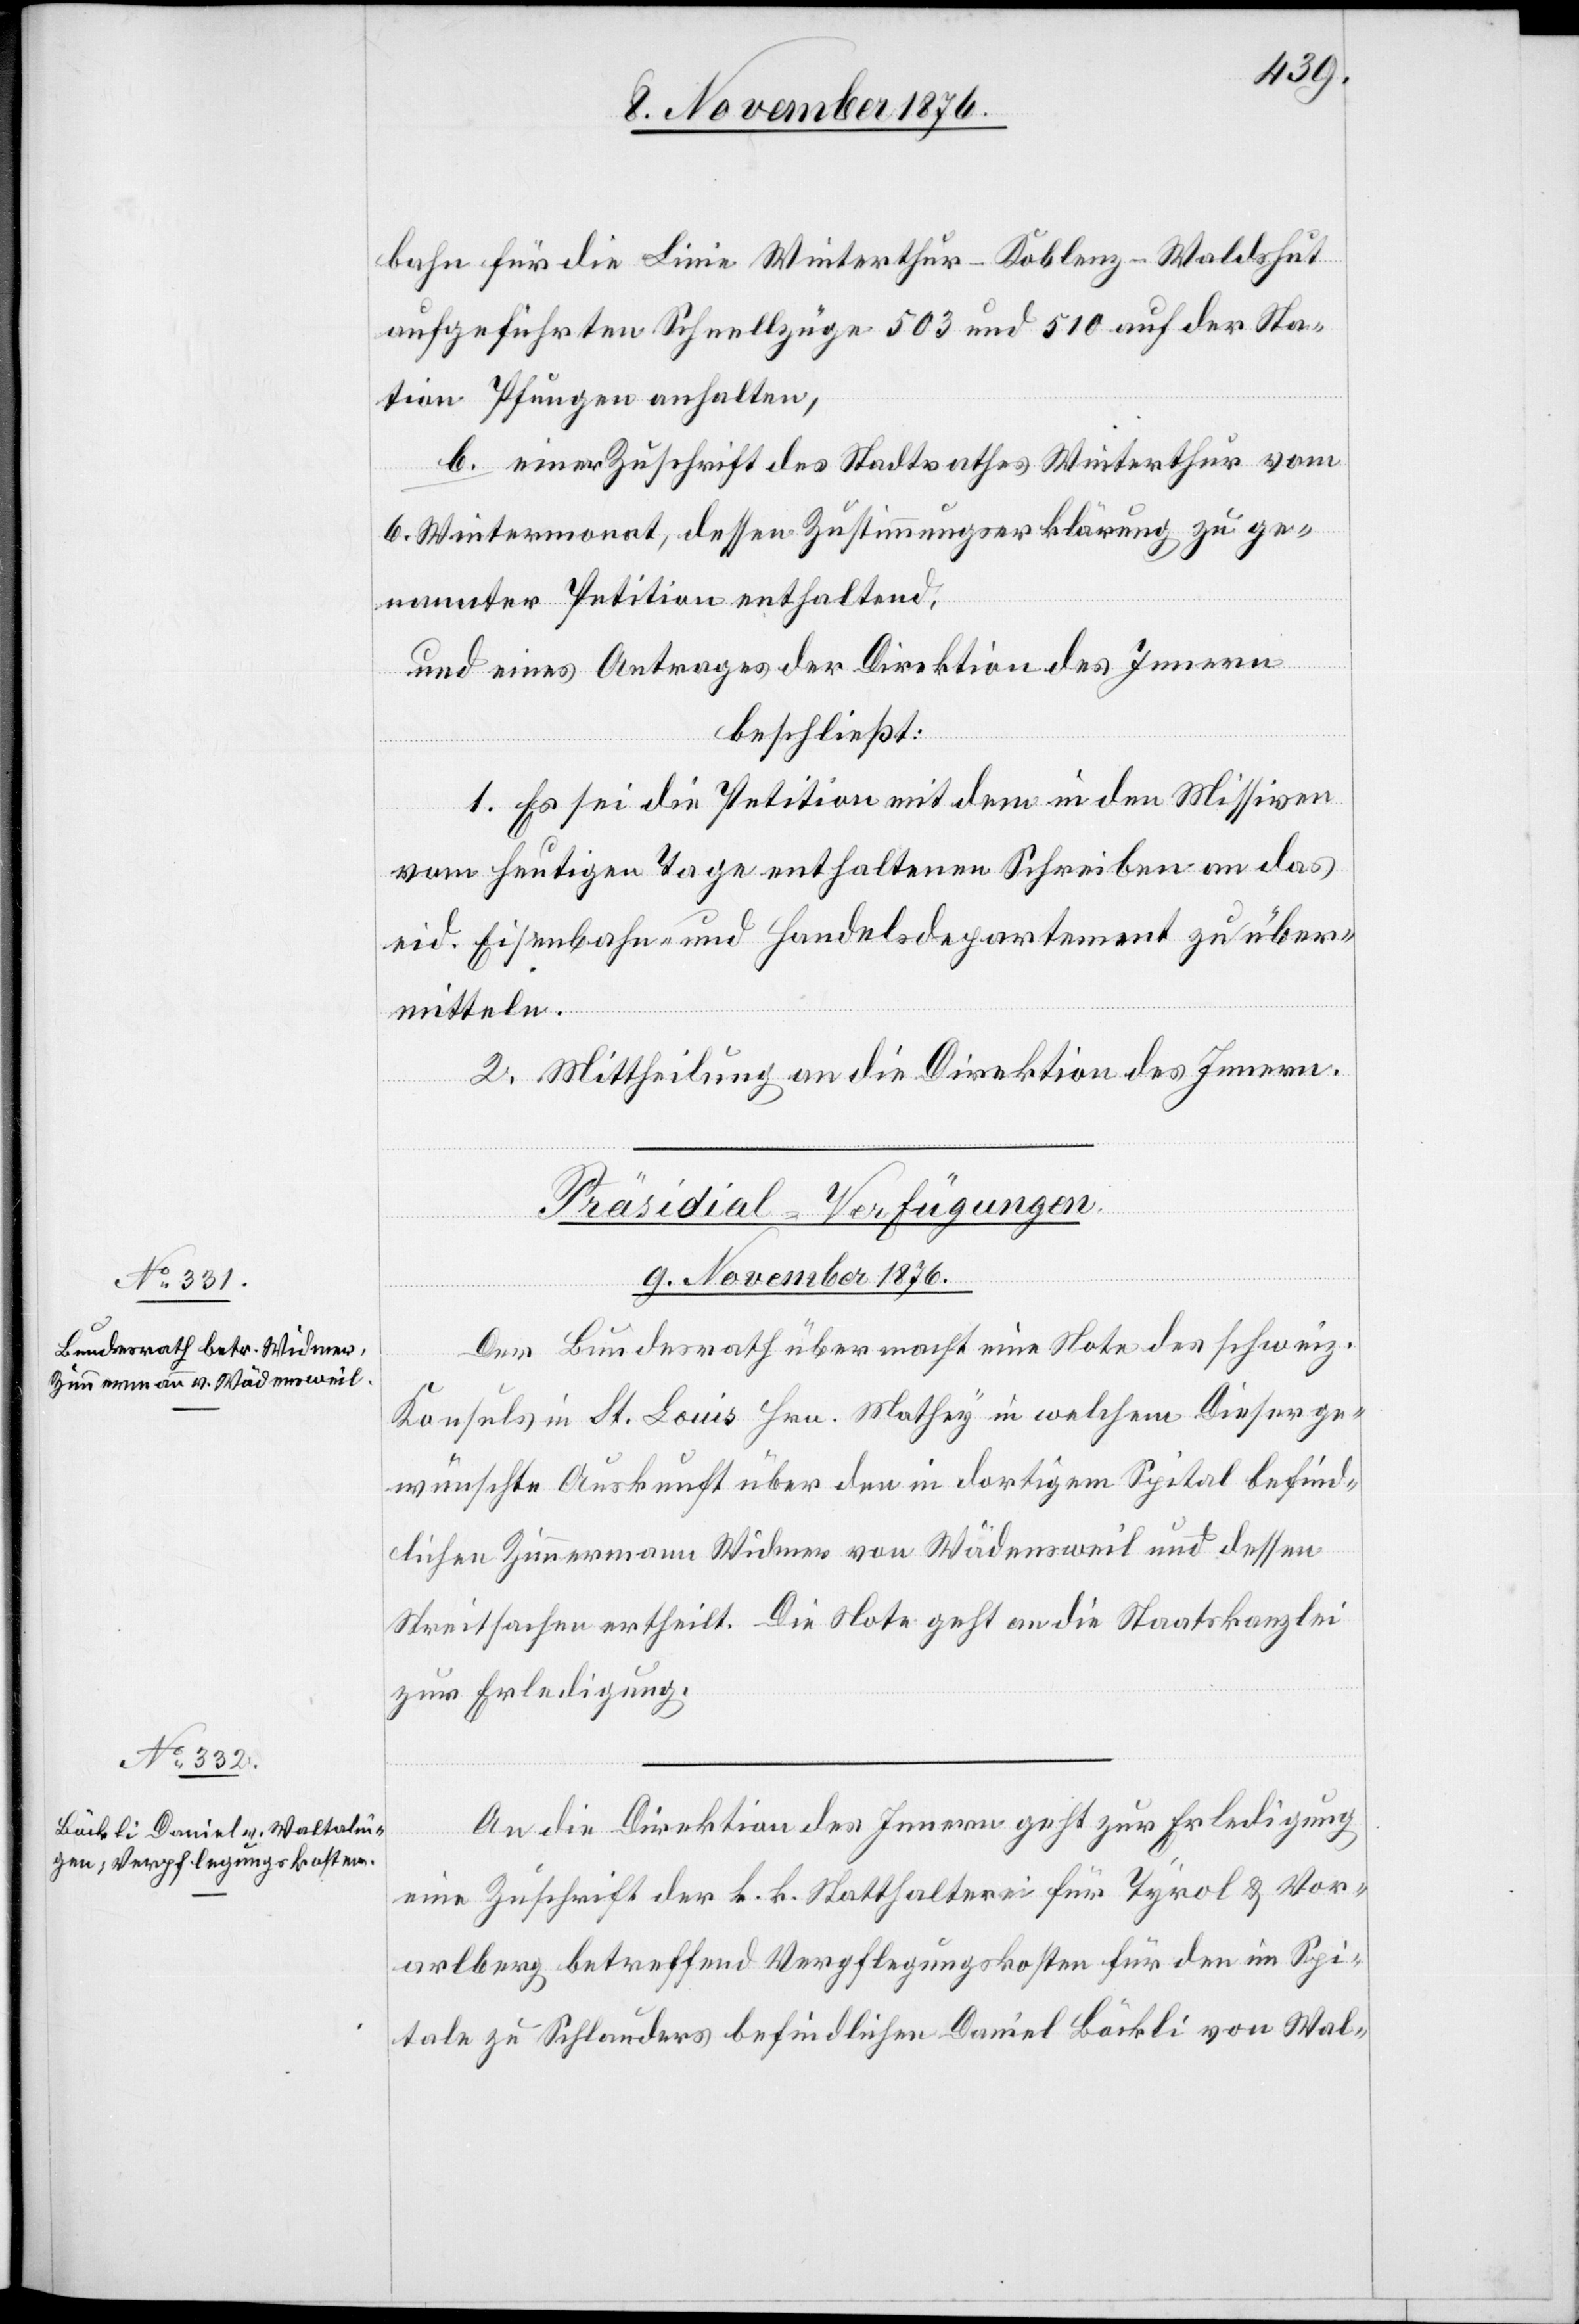
9. November 1876.]
bahn für die Linie Winterthur–Koblenz–Waldshut
aufgeführten Schnellzüge 503 und 510 auf der Sta¬
tion Pfungen anhalten,
b. einer Zuschrift des Stadtrathes Winterthur vom
6. Wintermonat, dessen Zustimmungserklärung zu ge¬
nannter Petition enthaltend,
und eines Antrages der Direktion des Innern
beschließt:
1. Es sei die Petition mit dem in den Missiven
vom heutigen Tage enthaltenen Schreiben an das
eid. Eisenbahn- und Handelsdepartement zu über¬
mitteln.
2. Mittheilung an die Direktion des Innern.
[Präsidial-Verfügungen.
9. November 1876.
Der Bundesrath übermacht eine Note des schweiz.
Konsuls in St. Louis Hrn. Mathey in welchem Dieser ge¬
wünschte Auskunft über den in dortigem Spital befind¬
lichen Zimmermann Widmer von Wädensweil und dessen
Streitsachen ertheilt. Die Note geht an die Staatskanzlei
zur Erledigung.
An die Direktion des Innern geht zur Erledigung
eine Zuschrift der k. k. Statthalterei für Tyrol & Vor¬
arlberg betreffend Verpflegungskosten für den im Spi¬
tale zu Schlanders befindlichen Daniel Böckli von Wal-